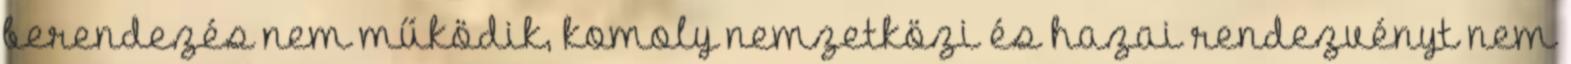
berendezés nem működik, komoly nemzetközi és hazai rendezvényt nem